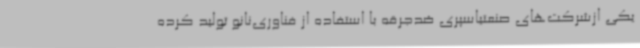
یکی ازشرکت‌های صنعتیاسپری ضدجرقه با استفاده از فناوری‌نانو تولید کرده